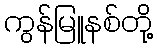
ကွန်မြူနစ်တို့